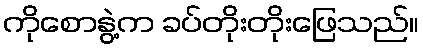
ကိုစောနွဲ့က ခပ်တိုးတိုးဖြေသည်။